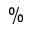
\%